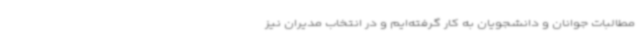
مطالبات جوانان و دانشجویان به کار گرفته‌ایم و در انتخاب مدیران نیز